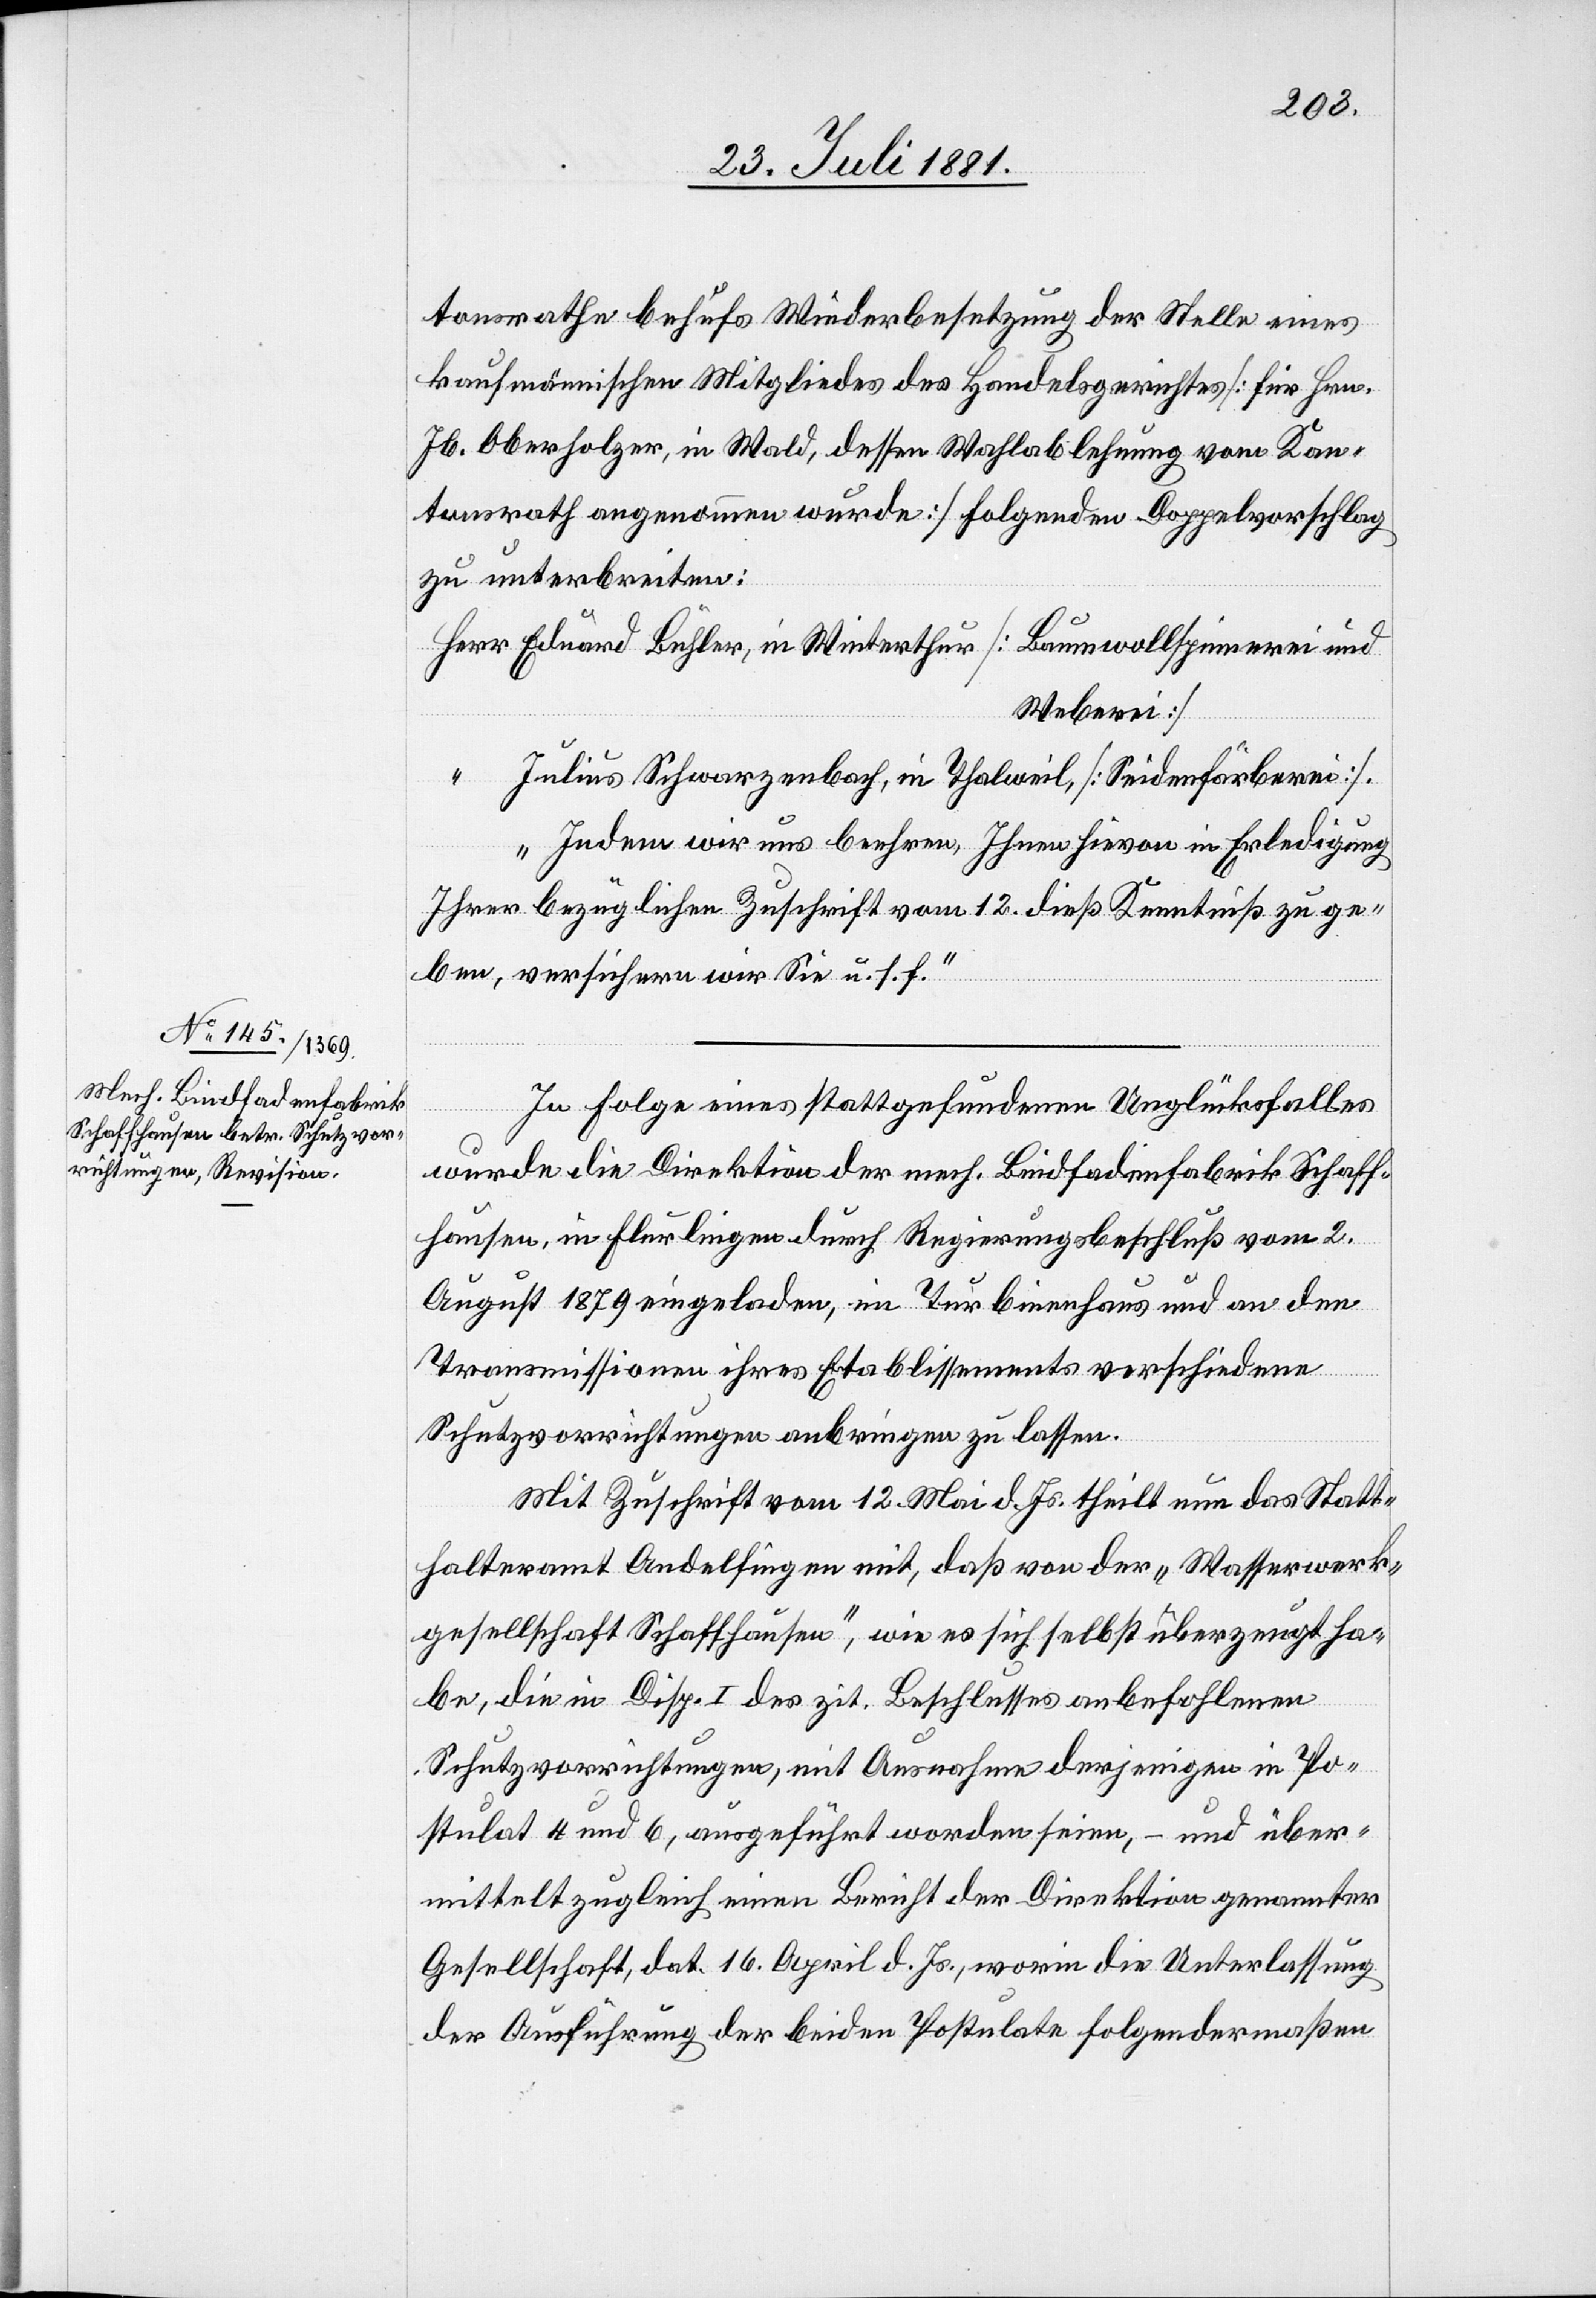
tonsrathe behufs Wiederbesetzung der Stelle eines
kaufmännischen Mitgliedes des Handelsgerichtes [für Hrn.
Jb. Oberholzer, in Wald, dessen Wahlablehnung vom Kan¬
tonsrath angenommen wurde] folgenden Doppelvorschlag
zu unterbreiten:
Eduard Bühler, in Winterthur [Baumwollspinnerei und
Weberei]
Julius Schwarzenbach, in Thalweil, [Seidenfärberei].
Indem wir uns beehren Ihnen hievon in Erledigung
Ihrer bezüglichen Zuschrift vom 12. dieß Kenntniß zu ge¬
ben, versichern wir Sie u. s. f.“
In Folge eines stattgefundenen Unglückfalles
wurde die Direktion der mech. Bindfadenfabrik Schaff¬
hausen, in Flurlingen durch Regierungsbeschluß vom 2.
August 1879 eingeladen, im Turbinenhaus und an den
Transmissionen ihres Etablissements verschiedene
Schutzvorrichtungen anbringen zu lassen.
Mit Zuschrift vom 12. Mai d. Js. theilt nun das Statt¬
halteramt Andelfingen mit, daß von der „Wasserwerk¬
gesellschaft Schaffhausen“, wie es sich selbst überzeugt ha¬
be, die in Disp. I des zit. Beschlusses anbefohlenen
Schutzvorrichtungen, mit Ausnahme derjenigen in Po¬
stulat 4 und 6, ausgeführt worden seien, – und über¬
mittelt zugleich einen Bericht der Direktion genannter
Gesellschaft, dat. 16. April d. Js., worin die Unterlassung
der Ausführung der beiden Postulate folgendermaßen